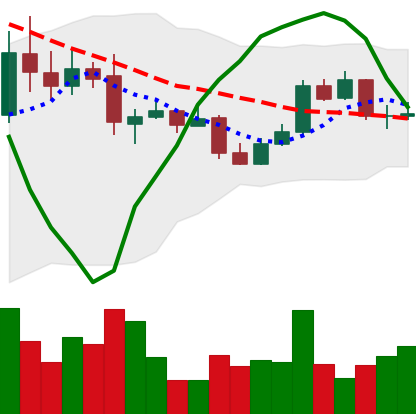
Ticker: BTC-USD
Chart end date: 2015-05-27
Forward return: -6.051%
Label: down_5_7